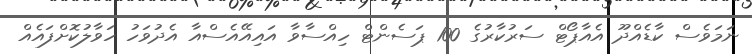
ނަމަވެސް ކާޑެއްދޫ އެއާޕޯޓް ސަރުކާރުގެ 100 ޕަސެންޓް ހިއްސާވާ އައިއޭއެސްއާ އެދުވަހު ހަވާލުކޮށްފައެއް